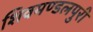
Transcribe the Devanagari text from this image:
शिवमण्डलपुरी